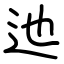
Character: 迆